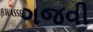
ગજવી